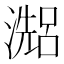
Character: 𤀗